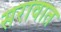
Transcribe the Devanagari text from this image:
सरावात